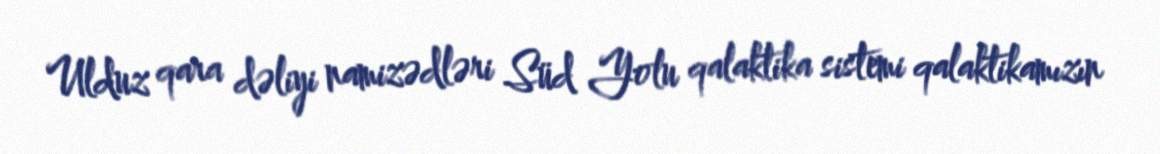
Ulduz qara dəliyi namizədləri Süd Yolu qalaktika sistemi qalaktikamızın